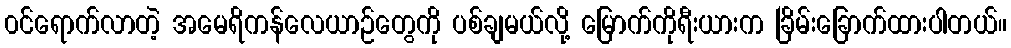
၀င်ရောက်လာတဲ့ အမေရိကန်လေယာဉ်တွေကို ပစ်ချမယ်လို့ မြောက်ကိုရီးယားက ခြိမ်းခြောက်ထားပါတယ်။